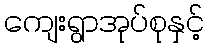
ကျေးရွာအုပ်စုနှင့်